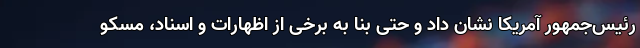
رئیس‌جمهور آمریکا نشان داد و حتی بنا به برخی از اظهارات و اسناد، مسکو